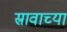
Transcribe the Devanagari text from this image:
स्रावाच्या